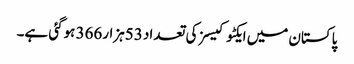
پاکستان میں ایکٹوکیسز کی تعداد 53ہزار366 ہوگئی ہے۔